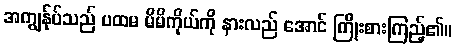
အကျွန်ုပ်သည် ပထမ မိမိကိုယ်ကို နားလည် အောင် ကြိုးစားကြည့်၏။